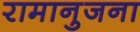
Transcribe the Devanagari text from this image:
रामानुजना